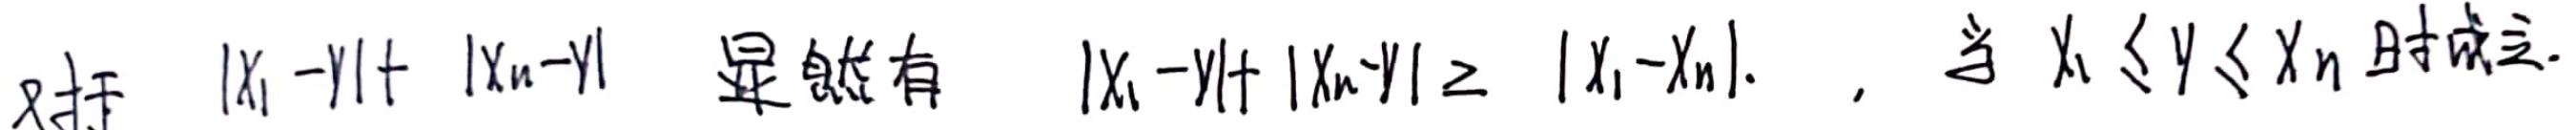
对于 $|x_1 - y| + |x_n - y|$ 显然有 $|x_1 - y| + |x_n - y| \geq |x_1 - x_n|.$ ，当 $x_1 \leq y \leq x_n$ 时成立.